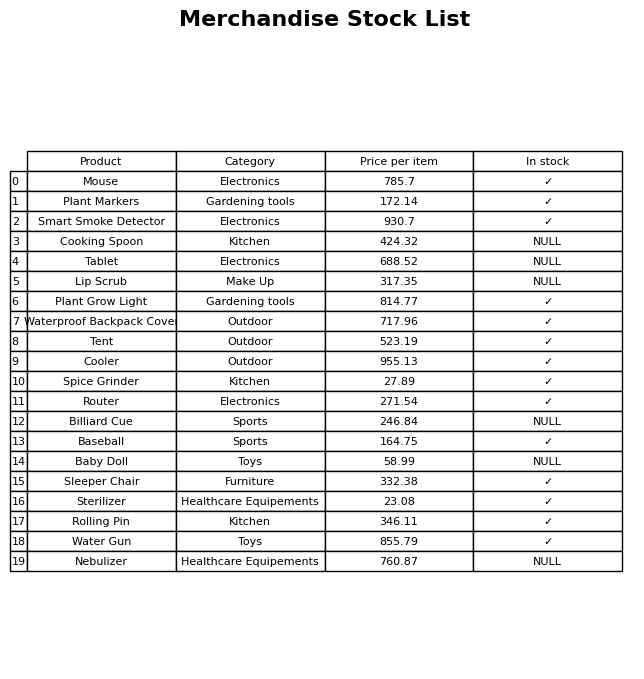
question: What is the price for Plant Markers?
answer: The price of Plant Markers is 172.14.